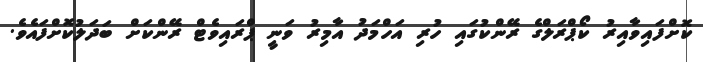
ކޮށްފައިވާއިރު ކޯޕްރަލްގެ ރޭންކުގައި ހުރި އަހްމަދު އާމިރު ވަނީ ޕްރައިވެޓް ރޭންކަށް ބަދަލުކޮށްފައެވެ.